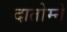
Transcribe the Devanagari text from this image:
दातोम्ने